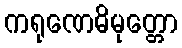
ကရုဏေဓိမုတ္တော